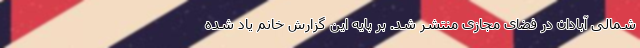
شمالی آبادان در فضای مجازی منتشر شد. بر پایه این گزارش خانم یاد شده